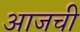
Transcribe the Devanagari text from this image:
अाजची